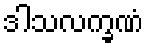
ဒါသလက္ခဏံ